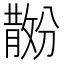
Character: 𪯗